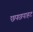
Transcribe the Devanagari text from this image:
छपछपाहट